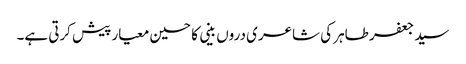
سید جعفر طاہر کی شاعری دروں بینی کا حسین معیار پیش کرتی ہے۔